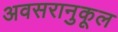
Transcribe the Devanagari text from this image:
अवसरानुकूल